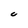
Character: C